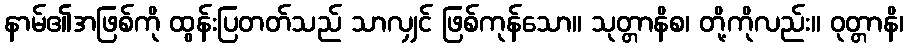
နာမ်၏အဖြစ်ကို ထွန်းပြတတ်သည် သာလျှင် ဖြစ်ကုန်သော။ သုတ္တာနိစ၊ တို့ကိုလည်း။ ဝုတ္တာနိ၊